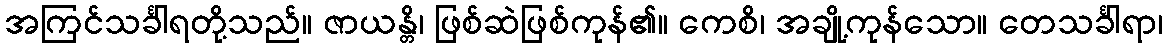
အကြင်သင်္ခါရတို့သည်။ ဇာယန္တိ၊ ဖြစ်ဆဲဖြစ်ကုန်၏။ ကေစိ၊ အချို့ကုန်သော။ တေသင်္ခါရာ၊